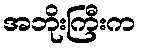
အဘိုးကြီးက